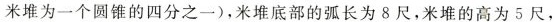
米堆为一个圆锥的四分之一)，米堆底部的弧长为8尺，米堆的高为5尺，